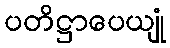
ပတိဋ္ဌာပေယျုံ